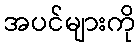
အပင်များကို